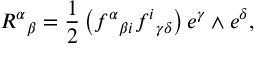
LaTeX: { R ^ { \alpha } } _ { \beta } = { \frac { 1 } { 2 } } \left( { f ^ { \alpha } } _ { \beta i } { f ^ { i } } _ { \gamma \delta } \right) e ^ { \gamma } \wedge e ^ { \delta } ,